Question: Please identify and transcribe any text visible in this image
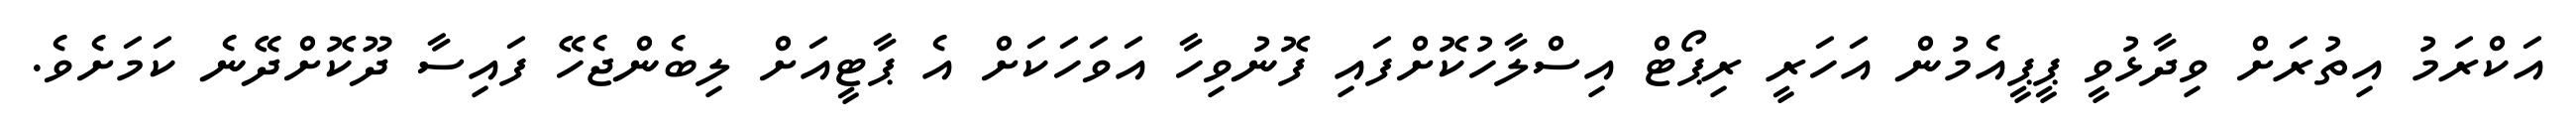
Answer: އަކްރަމު އިތުރަށް ވިދާޅުވީ ޕީޕީއެމުން އަހަރީ ރިޕޯޓް އިސްލާހުކޮށްފައި ފޮނުވިހާ އަވަހަކަށް އެ ޕާޓީއަށް ލިބެންޖެހޭ ފައިސާ ދޫކޮށްދޭނެ ކަމަށެވެ.